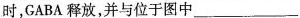
时，GABA释放，并与位于图中___